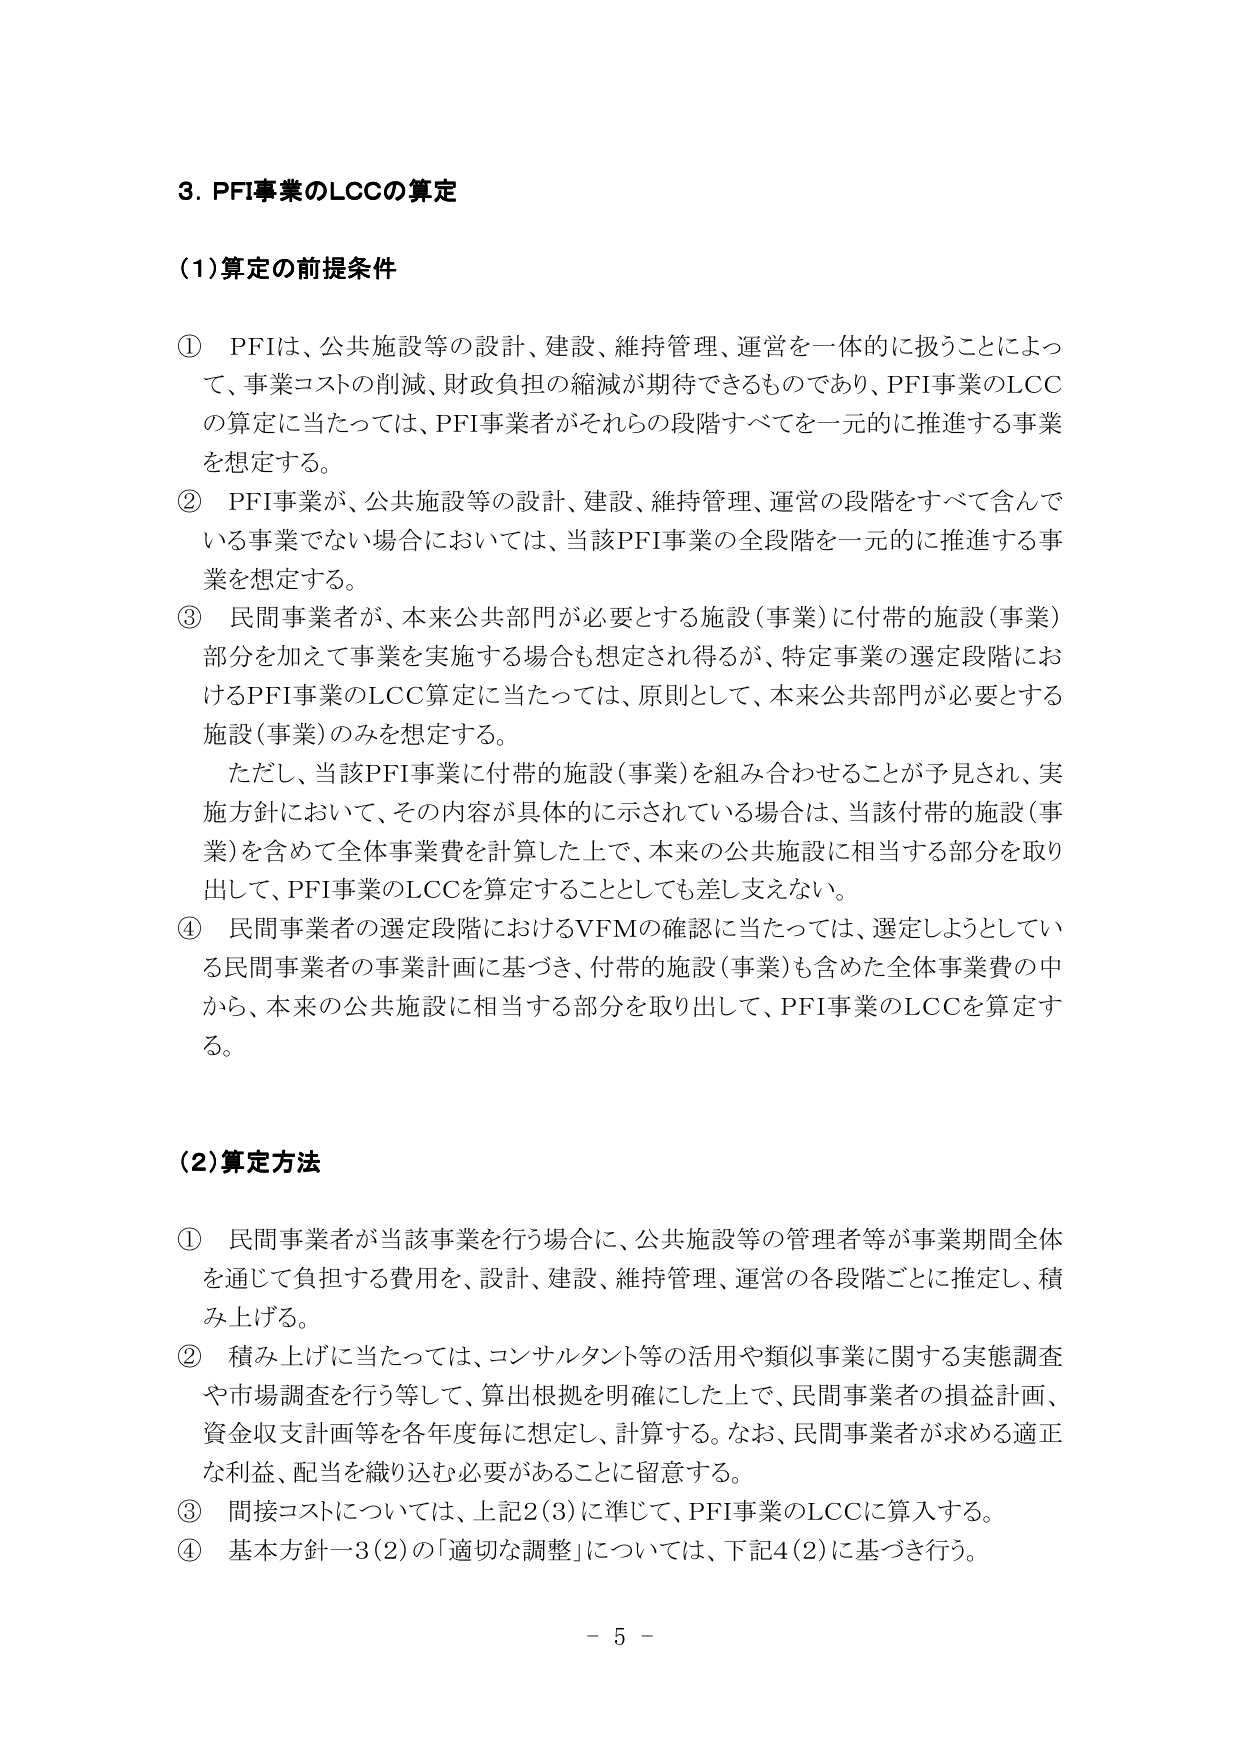
3. PFI事業のLCCの算定

(1)算定の前提条件

① PFIは、公共施設等の設計、建設、維持管理、運営を一体的に扱うことによって、事業コストの削減、財政負担の縮減が期待できるものであり、PFI事業のLCCの算定に当たっては、PFI事業者がそれらの段階すべてを一元的に推進する事業を想定する。

② PFI事業が、公共施設等の設計、建設、維持管理、運営の段階をすべて含んでいる事業でない場合においては、当該PFI事業の全段階を一元的に推進する事業を想定する。

③ 民間事業者が、本来公共部門が必要とする施設（事業）に付帯的施設（事業）部分を加えて事業を実施する場合も想定され得るが、特定事業の選定段階におけるPFI事業のLCC算定に当たっては、原則として、本来公共部門が必要とする施設（事業）のみを想定する。

ただし、当該PFI事業に付帯的施設（事業）を組み合わせることが予見され、実施方針において、その内容が具体的に示されている場合は、当該付帯的施設（事業）を含めて全体事業費を計算した上で、本来の公共施設に相当する部分を取り出して、PFI事業のLCCを算定することとしても差し支えない。

④ 民間事業者の選定段階におけるVFMの確認に当たっては、選定しようとしている民間事業者の事業計画に基づき、付帯的施設（事業）も含めた全体事業費の中から、本来の公共施設に相当する部分を取り出して、PFI事業のLCCを算定する。

(2)算定方法

① 民間事業者が当該事業を行う場合に、公共施設等の管理者等が事業期間全体を通じて負担する費用を、設計、建設、維持管理、運営の各段階ごとに推定し、積み上げる。

② 積み上げに当たっては、コンサルタント等の活用や類似事業に関する実態調査や市場調査を行う等して、算出根拠を明確にした上で、民間事業者の損益計画、資金収支計画等を各年度毎に想定し、計算する。なお、民間事業者が求める適正な利益、配当を織り込む必要があることに留意する。

③ 間接コストについては、上記2(3)に準じて、PFI事業のLCCに算入する。

④ 基本方針－3(2)の「適切な調整」については、下記4(2)に基づき行う。

－ 5 －